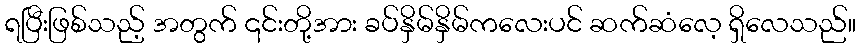
ရပြီးဖြစ်သည့် အတွက် ၎င်းတို့အား ခပ်နှိမ်နှိမ်ကလေးပင် ဆက်ဆံလေ့ ရှိလေသည်။